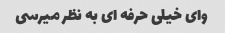
وای خیلی حرفه ای به نظر میرسی